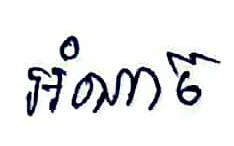
អំណាច